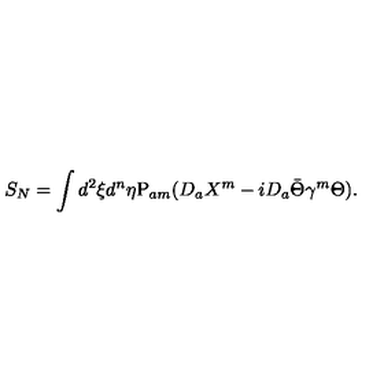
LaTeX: S _ { N } = \int d ^ { 2 } \xi d ^ { n } \eta \mathrm { P } _ { a m } ( D _ { a } X ^ { m } - i D _ { a } \bar { \Theta } \gamma ^ { m } \Theta ) .